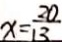
x = \frac { 2 0 } { 1 3 }